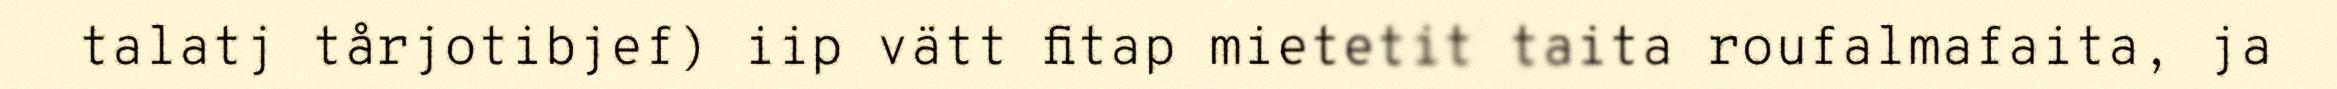
talatj tårjotibjef) iip vätt fitap mietetit taita roufalmafaita, ja